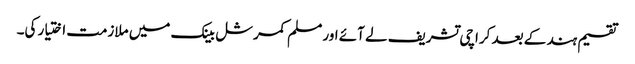
تقسیم ہند کے بعد کراچی تشریف لے آئے اور مسلم کمرشل بینک میں ملازمت اختیار کی۔